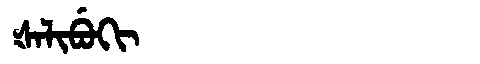
Manchu: ᡧᠠᠯᡳᠪᡠᡴᡳ
Romanization: ŠALIBUKI